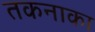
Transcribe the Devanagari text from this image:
तकनाका